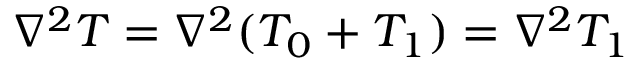
\nabla ^ { 2 } T = \nabla ^ { 2 } ( T _ { 0 } + T _ { 1 } ) = \nabla ^ { 2 } T _ { 1 }